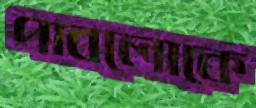
পাবলোকে